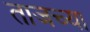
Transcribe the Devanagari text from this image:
ताजच्या